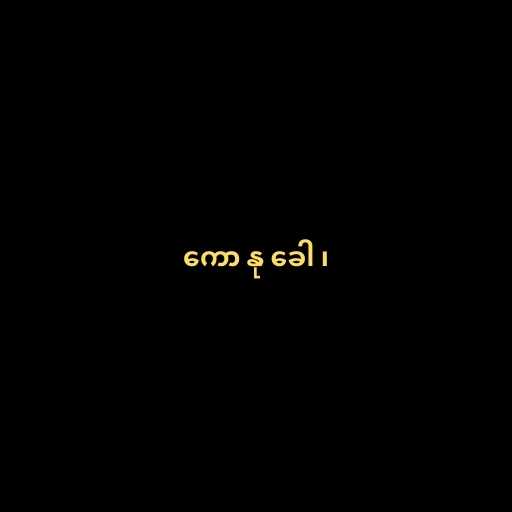
ကော နု ခေါ ၊